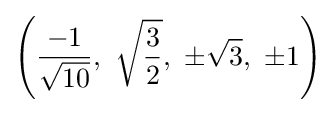
\left({\frac {-1}{\sqrt {10}}},\ {\sqrt {\frac {3}{2}}},\ \pm {\sqrt {3}},\ \pm 1\right)